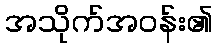
အသိုက်အဝန်း၏